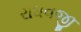
રાઘવજી